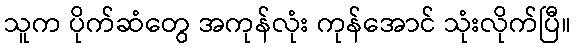
သူက ပိုက်ဆံတွေ အကုန်လုံး ကုန်အောင် သုံးလိုက်ပြီ။